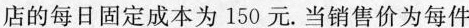
店的每日固定成本为150元。当销售价为每件